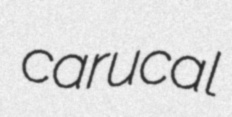
carucal